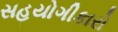
સહયોગીકારો